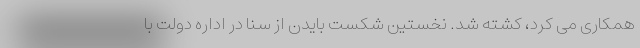
همکاری می کرد، کشته شد. نخستین شکست بایدن از سنا در اداره دولت با